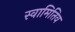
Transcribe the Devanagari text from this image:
स्वामितिव